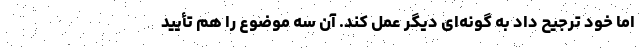
اما خود ترجیح داد به گونه‌ای دیگر عمل کند. آن سه موضوع را هم تأیید